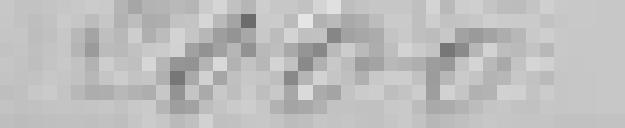
2 000